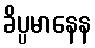
ခိပ္ပမာနေန